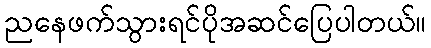
ညနေဖက်သွားရင်ပိုအဆင်ပြေပါတယ်။